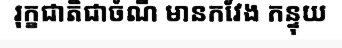
រុក្ខជាតិជាចំណី មានកវែង កន្ទុយ